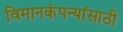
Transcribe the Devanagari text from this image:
विमानकंपन्यांसाठी